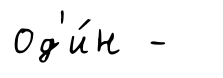
од'и́н -